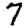
Digit: 7